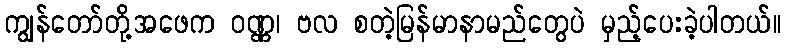
ကျွန်တော်တို့အဖေက ဝဏ္ဏ၊ ဗလ စတဲ့မြန်မာနာမည်တွေပဲ မှည့်ပေးခဲ့ပါတယ်။